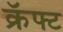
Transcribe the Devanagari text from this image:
क्रॅफ्ट